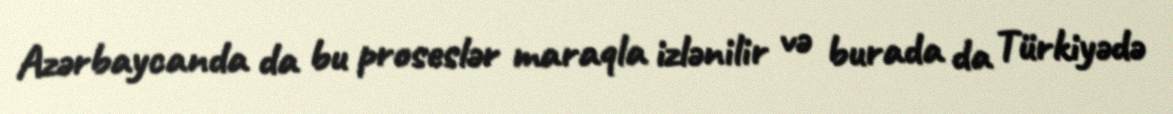
Azərbaycanda da bu proseslər maraqla izlənilir və burada da Türkiyədə